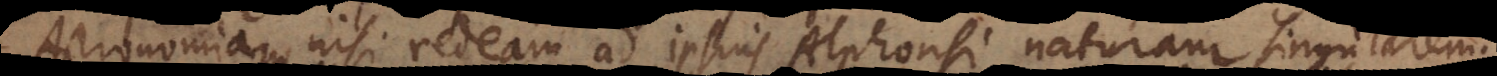
Astronomiam, nisi redeam ad ipsius Alphonsi naturam singularem